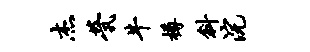
杰茕牛樽斜浣